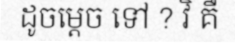
ដូចម្តេច ទៅ ? វិ គឺ